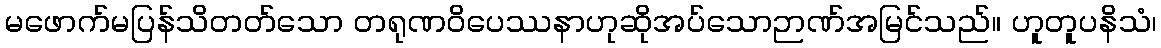
မဖောက်မပြန်သိတတ်သော တရုဏဝိပေဿနာဟုဆိုအပ်သောဉာဏ်အမြင်သည်။ ဟူတူပနိသံ၊